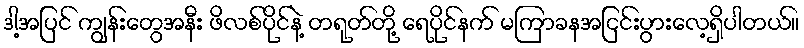
ဒါ့အပြင် ကျွန်းတွေအနီး ဖိလစ်ပိုင်နဲ့ တရုတ်တို့ ရေပိုင်နက် မကြာခနအငြင်းပွားလေ့ရှိပါတယ်။